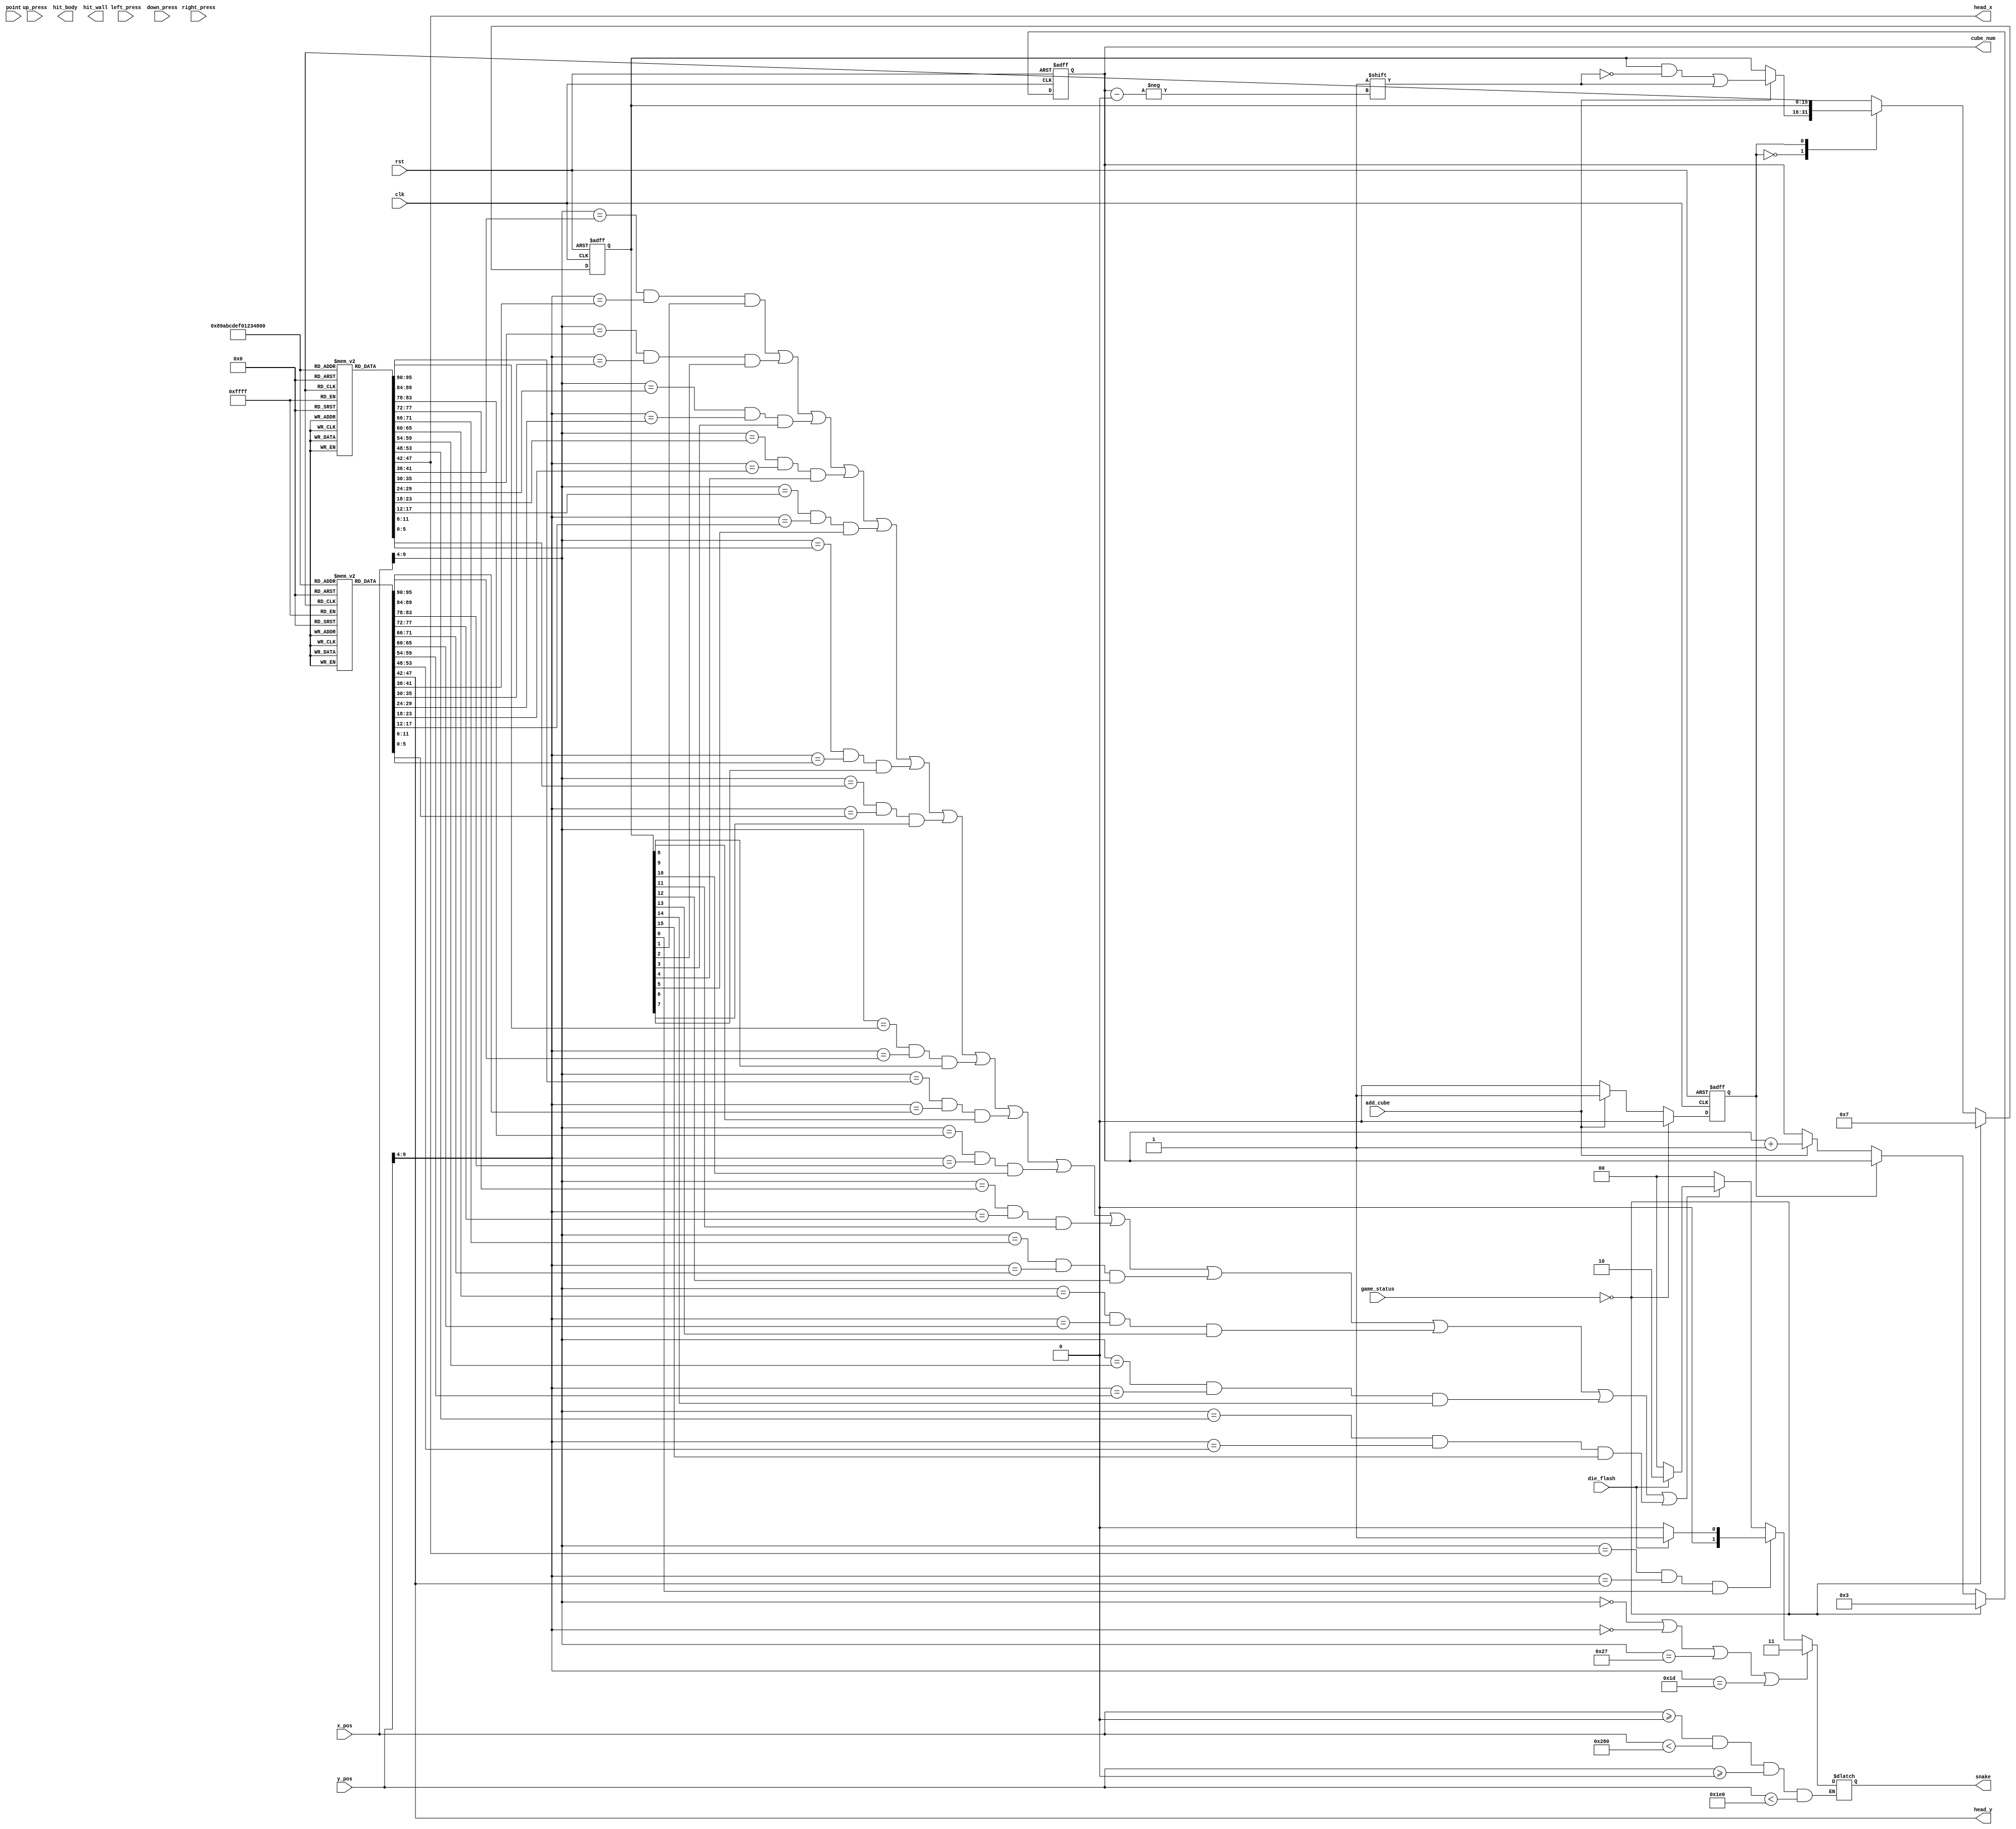
module Snake
(
	input clk,
	input rst,
	input[15:0] point,
	input left_press,
	input right_press,
	input up_press,
	input down_press,
	output reg [1:0]snake,
	input [9:0]x_pos,
	input [9:0]y_pos,
	output [5:0]head_x,	
	output [5:0]head_y,
	input add_cube,
	input [1:0]game_status,
	output reg [6:0]cube_num,
	output reg hit_body,   
	output reg hit_wall,   
	input die_flash        
);
	localparam UP = 2'b00;
	localparam DOWN = 2'b01;
	localparam LEFT = 2'b10;
	localparam RIGHT = 2'b11;
	localparam NONE = 2'b00;
	localparam HEAD = 2'b01;
	localparam BODY = 2'b10;
	localparam WALL = 2'b11;
    localparam RESTART = 2'b00;
	localparam PLAY = 2'b10;
	reg[31:0]cnt;
	reg[31:0] cnt_lv1 = 32'd12_500_000;
	reg[31:0] cnt_lv2 = 32'd62_500_00;
	wire[1:0]direct;
	reg [1:0]direct_r;     
	assign direct = direct_r;
	reg[1:0]direct_next;
	reg change_to_left;
	reg change_to_right;
	reg change_to_up;
	reg change_to_down;
	reg [5:0]cube_x[15:0];
	reg [5:0]cube_y[15:0];
	reg [15:0]is_exist;    
	reg addcube_state;
	assign head_x = cube_x[0];
	assign head_y = cube_y[0]; 
	always @(posedge clk or negedge rst) begin		
		if(!rst)
			direct_r <= RIGHT; 
		else if(game_status == RESTART) 
		    direct_r <= RIGHT;
		else
			direct_r <= direct_next;
	end
	always @(posedge clk or negedge rst) begin
		if(!rst) begin
			is_exist <= 16'd7;
			cube_num <= 3;
			addcube_state <= 0;
		end  
		else if (game_status == RESTART) begin
		      is_exist <= 16'd7;
              cube_num <= 3;
              addcube_state <= 0;
         end
		else begin			
			case(addcube_state) 
				0:begin
					if(add_cube) begin
						cube_num <= cube_num + 1;
						is_exist[cube_num] <= 1;
						addcube_state <= 1;
					end						
				end
				1:begin
					if(!add_cube)
						addcube_state <= 0;				
				end
			endcase
		end
	end
	reg[3:0]lox;
	reg[3:0]loy;
	always @(x_pos or y_pos ) begin				
		if(x_pos >= 0 && x_pos < 640 && y_pos >= 0 && y_pos < 480) begin
			if(x_pos[9:4] == 0 | y_pos[9:4] == 0 | x_pos[9:4] == 39 | y_pos[9:4] == 29)
				snake = WALL;
			else if(x_pos[9:4] == cube_x[0] && y_pos[9:4] == cube_y[0] && is_exist[0] == 1) 
				snake = (die_flash == 1) ? HEAD : NONE;
			else if
				((x_pos[9:4] == cube_x[1] && y_pos[9:4] == cube_y[1] && is_exist[1] == 1)|
				 (x_pos[9:4] == cube_x[2] && y_pos[9:4] == cube_y[2] && is_exist[2] == 1)|
				 (x_pos[9:4] == cube_x[3] && y_pos[9:4] == cube_y[3] && is_exist[3] == 1)|
				 (x_pos[9:4] == cube_x[4] && y_pos[9:4] == cube_y[4] && is_exist[4] == 1)|
				 (x_pos[9:4] == cube_x[5] && y_pos[9:4] == cube_y[5] && is_exist[5] == 1)|
				 (x_pos[9:4] == cube_x[6] && y_pos[9:4] == cube_y[6] && is_exist[6] == 1)|
				 (x_pos[9:4] == cube_x[7] && y_pos[9:4] == cube_y[7] && is_exist[7] == 1)|
				 (x_pos[9:4] == cube_x[8] && y_pos[9:4] == cube_y[8] && is_exist[8] == 1)|
				 (x_pos[9:4] == cube_x[9] && y_pos[9:4] == cube_y[9] && is_exist[9] == 1)|
				 (x_pos[9:4] == cube_x[10] && y_pos[9:4] == cube_y[10] && is_exist[10] == 1)|
				 (x_pos[9:4] == cube_x[11] && y_pos[9:4] == cube_y[11] && is_exist[11] == 1)|
				 (x_pos[9:4] == cube_x[12] && y_pos[9:4] == cube_y[12] && is_exist[12] == 1)|
				 (x_pos[9:4] == cube_x[13] && y_pos[9:4] == cube_y[13] && is_exist[13] == 1)|
				 (x_pos[9:4] == cube_x[14] && y_pos[9:4] == cube_y[14] && is_exist[14] == 1)|
				 (x_pos[9:4] == cube_x[15] && y_pos[9:4] == cube_y[15] && is_exist[15] == 1))
				 snake = (die_flash == 1) ? BODY : NONE;
			else snake = NONE;
		end
	end
endmodule